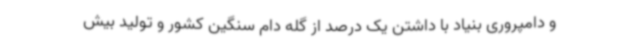
و دامپروری بنیاد با داشتن یک درصد از گله دام سنگین کشور و تولید بیش